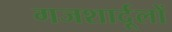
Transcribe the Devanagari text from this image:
गजशार्दूलों